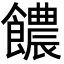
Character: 𩟊